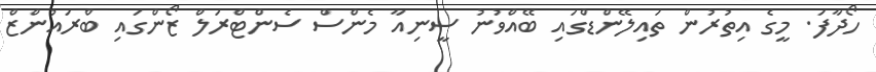
ހޯދާފަ. މީގެ އިތުރުން ތައިލޭންޑްގައި ބޭއްވުނު ސީނިއާ މެންސް ސެންޓްރަލް ޒޯންގައި ބްރައުންޒް